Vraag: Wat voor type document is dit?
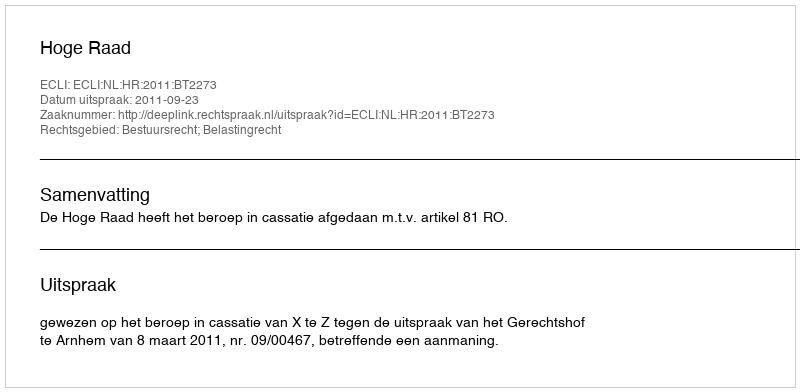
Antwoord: Uitspraak